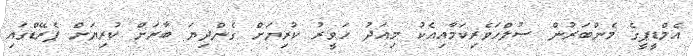
އެމްޑީޕީގެ މެންބަރުން ސުލްހަވެރިކަމާއިއެކު މިއަދު ހަވީރު ކުރިޔަށް ގެންދިޔަ ބާރަށް ކުރިޔަށް ޕެރޭޑްގައި